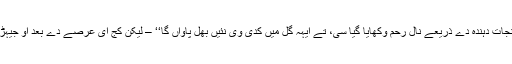
میکسیکو دے اِک بندے نے کہیا، ’’مینوں محبت کرن آلے نجات دہندہ دے ذریعے نال رحم وکھایا گیا سی، تے ایہہ گل میں کدی وی نئیں بُھل پاواں گا‘‘ – لیکن کُج ای عرصے دے بعد اُو جیہڑا اُوہنے کہیا سی بُھل گیا، تے مُرتد چعین دے مگر نٹھ گیا۔